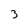
Character: 3